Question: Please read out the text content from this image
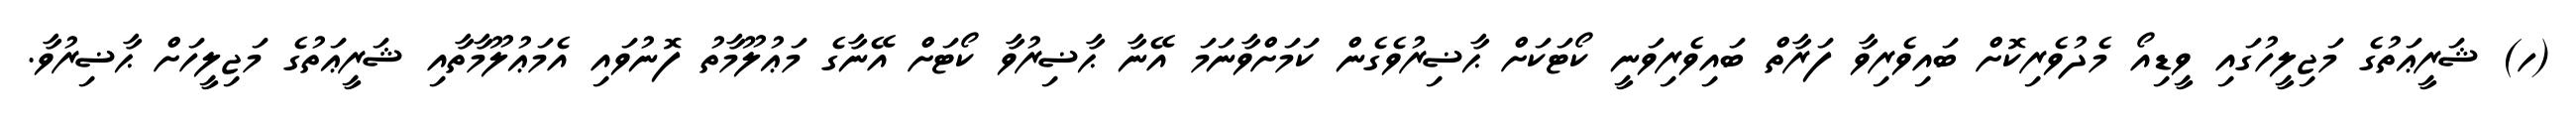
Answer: (ހ) ޝަރީޢަތުގެ މަޖިލީހުގައި ވީޑިއޯ މެދުވެރިކޮށް ބައިވެރިވާ ފަރާތް ބައިވެރިވަނީ ކޯޓަކަށް ޙާޟިރުވެގެން ކަމަށްވާނަމަ އޭނާ ޙާޟިރުވާ ކޯޓަށް އޭނާގެ މަޢުލޫމާތު ފޮނުވައި އެމަޢުލޫމާތާއި ޝަރީޢަތުގެ މަޖިލީހަށް ޙާޟިރުވާ.